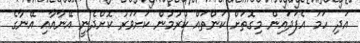
އަދި ހަމަ އެފަދައިން މިގޮތަށް ކަންތައް ކުރުމުން ކަށަވަރު ކޮށްދެނީ އޭނާއާއި އޭނާގެ